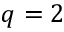
q = 2